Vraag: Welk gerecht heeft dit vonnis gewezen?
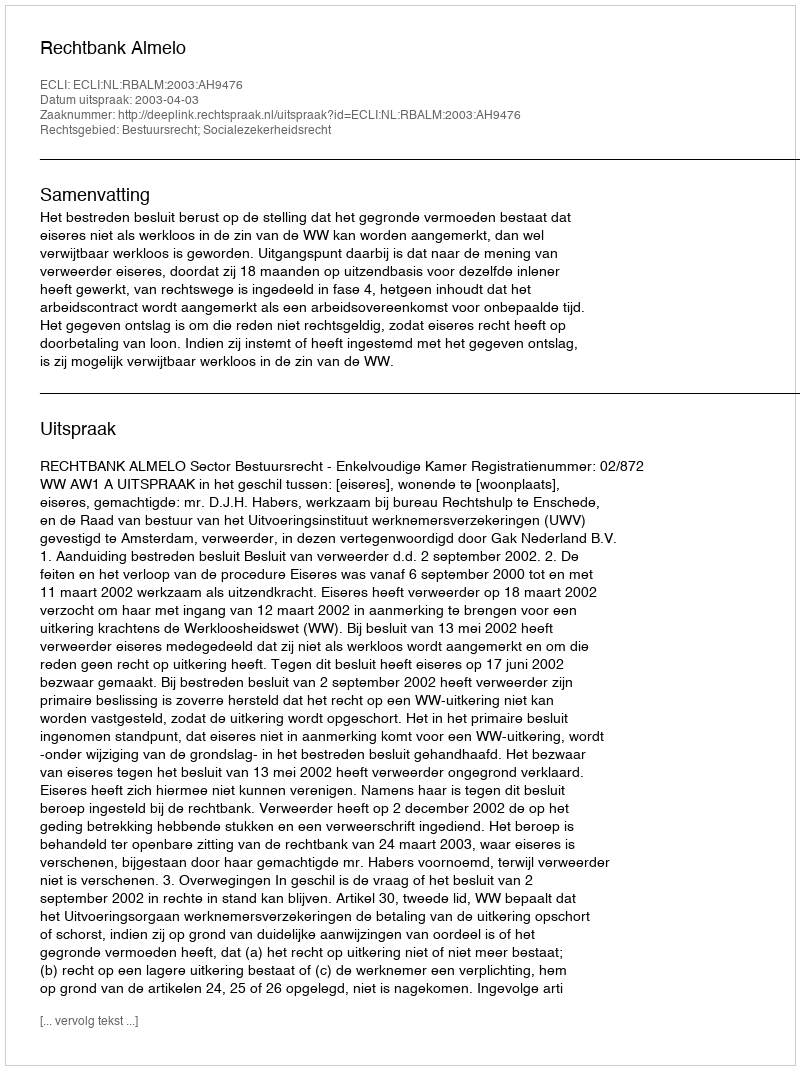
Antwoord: Rechtbank Almelo